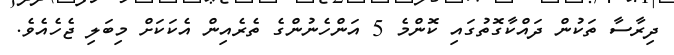
ދިރާސާ ތަކުން ދައްކާގޮތުގައި ކޮންމެ 5 އަންހެނުންގެ ތެރެއިން އެކަކަށް މިބަލި ޖެހެއެވެ.